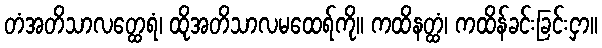
တံအတိသာလတ္ထေရံ၊ ထိုအတိသာလမထေရ်ကို။ ကထိနတ္ထံ၊ ကထိန်ခင်းခြင်းငှာ။